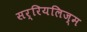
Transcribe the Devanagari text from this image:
सर्रियलिज्म